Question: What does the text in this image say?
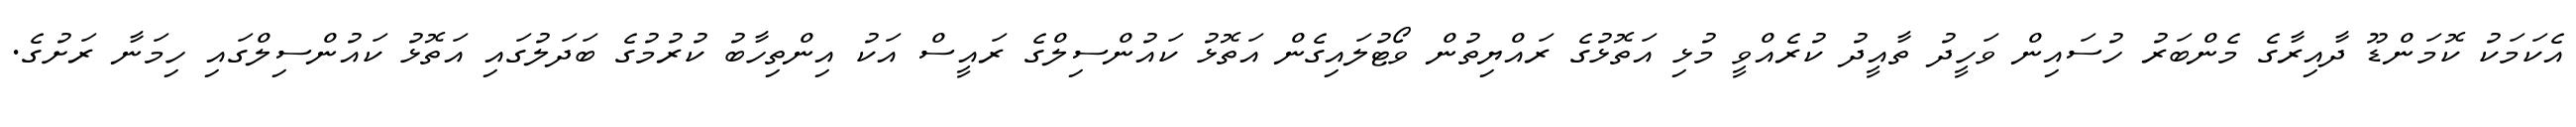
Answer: އެކަމަކު ކޮމަންޑޫ ދާއިރާގެ މެންބަރު ހުސައިން ވަހީދު ތާއީދު ކުރެއްވީ މުޅި އަތޮޅުގެ ރައްޔިތުން ވޯޓުލައިގެން އަތޮޅު ކައުންސިލްގެ ރައީސް އަކު އިންތިހާބު ކުރުމުގެ ބަދަލުގައި އަތޮޅު ކައުންސިލްގައި ހިމަނާ ރަށުގެ.